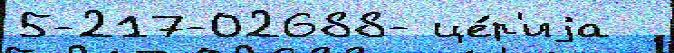
5-217-02688- це́р'иjа